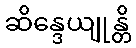
ဆိန္ဒေယျုန္တိ